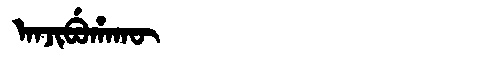
Manchu: ᠠᠨᠵᡳᠪᡠᡥᠠᡴᡡ
Romanization: ANJIBUHAKŪ